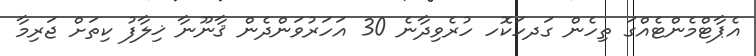
އެޕާޓްމެންޓެއްގަ ތިހެން ގަދހަކޮހ ހުރެވިދާނެ 30 އަހަރުވަންދެން ޤާނޫނާ ޚިލާފު ކިތަށް ޖަރިިމާ